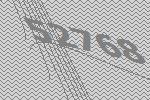
52768